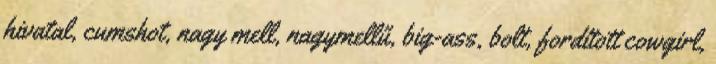
hivatal, cumshot, nagy mell, nagymellű, big-ass, bolt, fordított cowgirl,